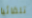
تلقائيا